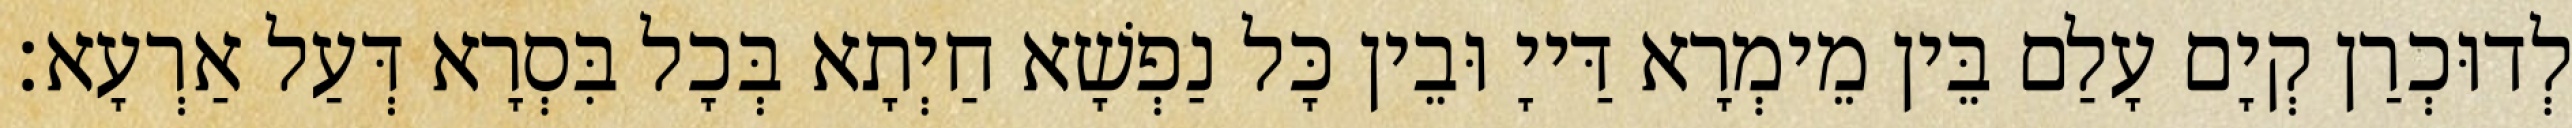
לְדוּכְרַן קְיָם עָלַם בֵּין מֵימְרָא דַּייָ וּבֵין כָּל נַפְשָׁא חַיְתָא בְּכָל בִּסְרָא דְּעַל אַרְעָא׃